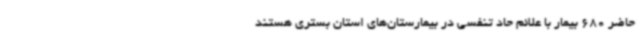
حاضر 680 بیمار با علائم حاد تنفسی در بیمارستان‌های استان بستری هستند